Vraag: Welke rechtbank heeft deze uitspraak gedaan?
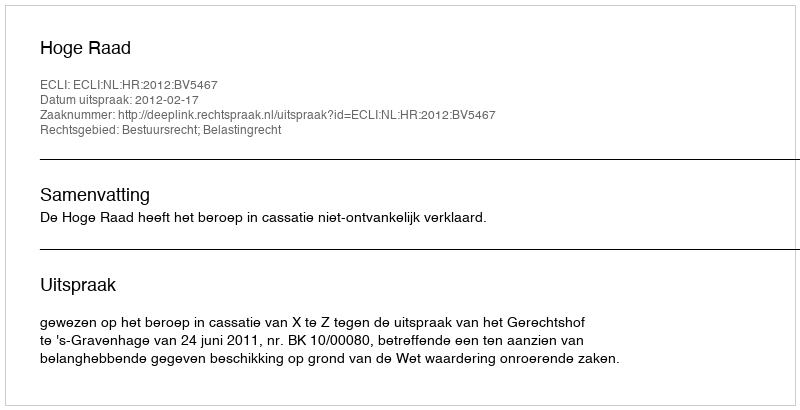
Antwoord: Hoge Raad